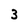
Character: 3